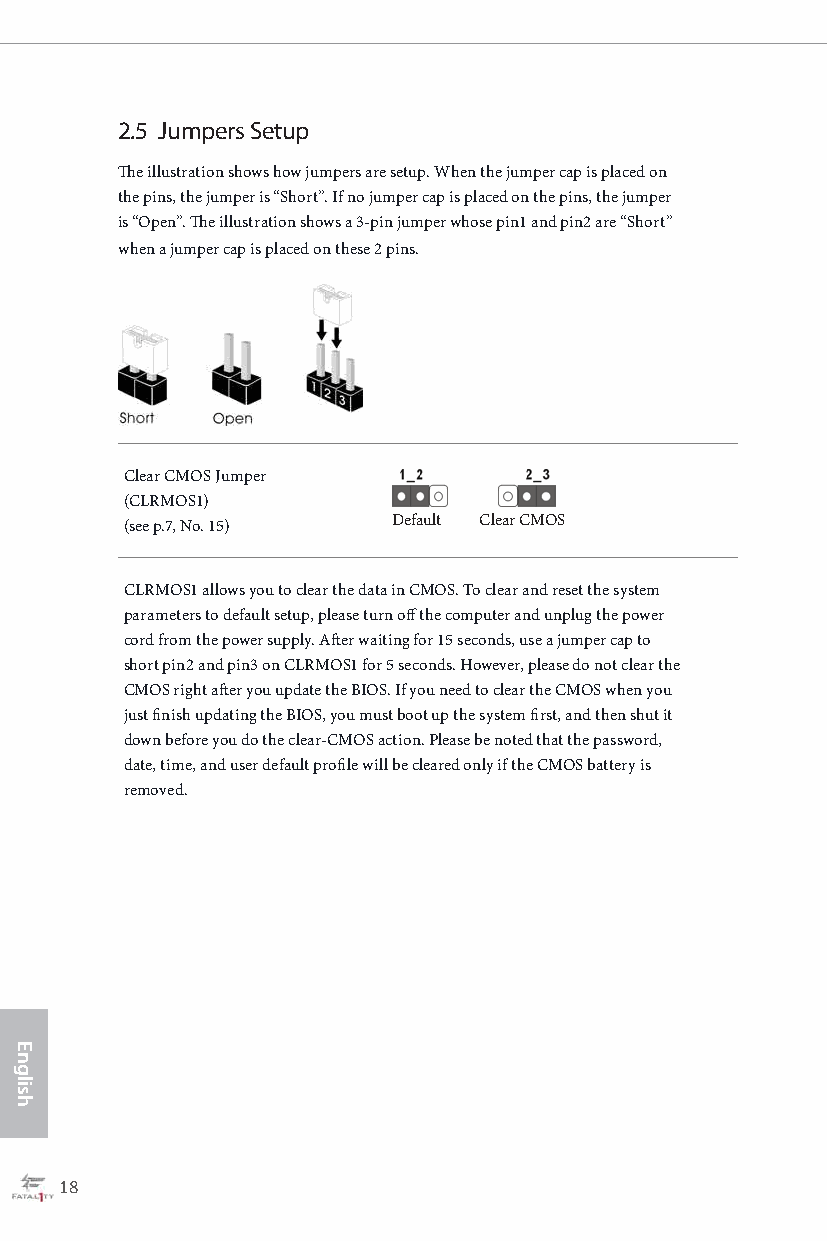
2.5 Jumpers Setup
 The illustration shows how jumpers are setup. When the jumper cap is placed on
 the pins, the jumper is “Short”. If no jumper cap is placed on the pins, the jumper
 is “Open”. The illustration shows a 3-pin jumper whose pin1 and pin2 are “Short”
 when a jumper cap is placed on these 2 pins.
 Clear CMOS Jumper
 (CLRMOS1)
 (see p.7, No. 15) Default Clear CMOS
 CLRMOS1 allows you to clear the data in CMOS. To clear and reset the system
 parameters to default setup, please turn off the computer and unplug the power
 cord from the power supply. After waiting for 15 seconds, use a jumper cap to
 short pin2 and pin3 on CLRMOS1 for 5 seconds. However, please do not clear the
 CMOS right after you update the BIOS. If you need to clear the CMOS when you
 just finish updating the BIOS, you must boot up the system first, and then shut it
 down before you do the clear-CMOS action. Please be noted that the password,
 date, time, and user default profile will be cleared only if the CMOS battery is
 removed.
 18                                                                                                  19
 English